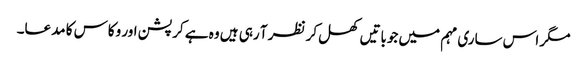
مگر اس ساری مہم میں جوباتیں کھل کر نظر آ رہی ہیں وہ ہے کرپشن اور وکاس کا مدعا۔